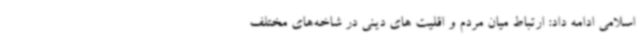
اسلامی ادامه داد: ارتباط میان مردم و اقلیت های دینی در شاخه‌های مختلف